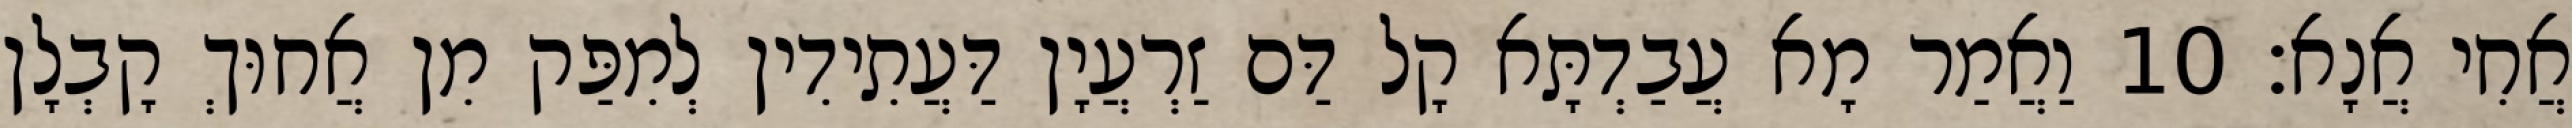
אֲחִי אֲנָא׃ 10 וַאֲמַר מָא עֲבַדְתָּא קָל דַּם זַרְעֲיָן דַּעֲתִידִין לְמִפַּק מִן אֲחוּךְ קָבְלָן